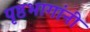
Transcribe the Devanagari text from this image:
पृष्ठभागांनी